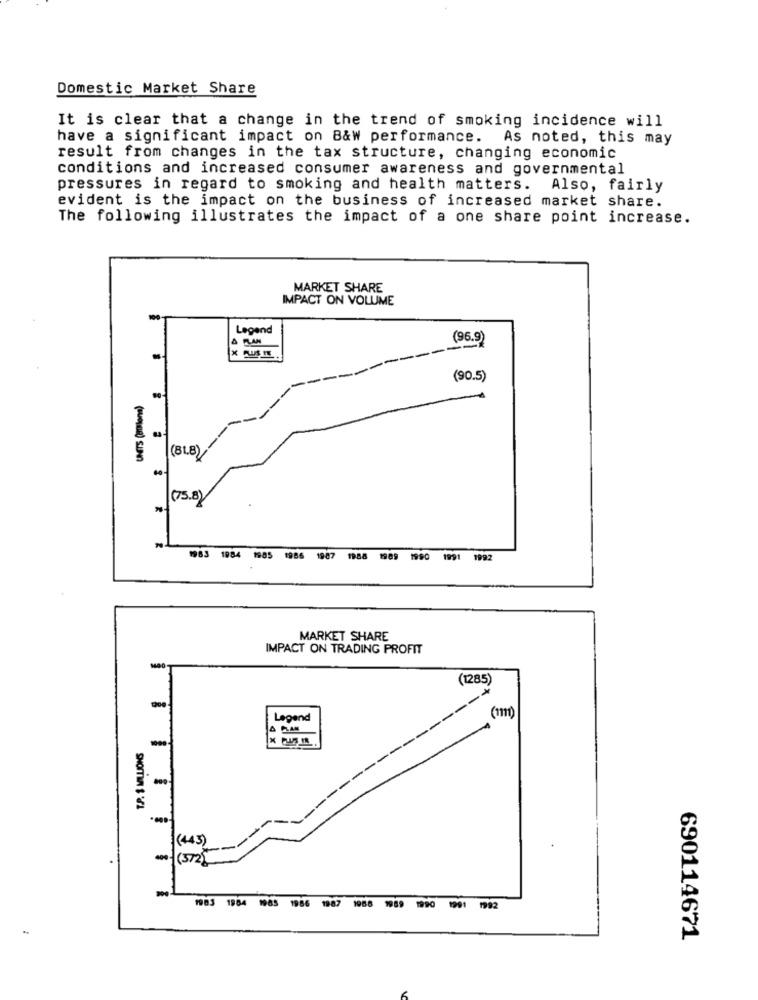
Domestic Market Share
It is clear that a change in the trend of smoking incidence will
have a significant impact on B&W performance. As noted, this may
result from changes in the tax structure, changing economic
conditions and increased consumer awareness and governmental
pressures in regard to smoking and health matters. Also, fairly
evident is the impact on the business of increased market share.
The following illustrates the impact of a one share point increase.
MARKET SHARE
IMPACT ON VOLUME
100
Legend
(96.9)
(90.5)
UNITS (athlona)
(75.8)
1983 1984 1985 19
1987
1988 1989 1990 1991 1992
MARKET SHARE
IMPACT ON TRADING PROFIT
(1285)
Legend
:(443)
400- (372)
1903 1984 1985 1986 1987
1988 1989 1990 1991 1992
690114671